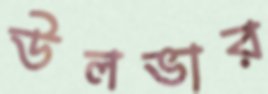
উলভার